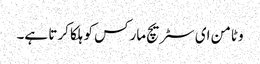
وٹامن ای سٹریچ مارکس کو ہلکا کرتا ہے۔